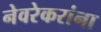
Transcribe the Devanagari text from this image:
नेवरेकरांना